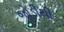
જોડીથી